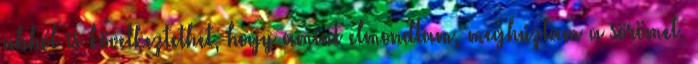
abból is következtethet, hogy amint elmondtam, meghúztam a sörömet.